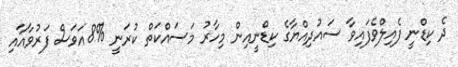
ދެ ކިޑްނީ ފެއިލްވެފައިވާ ސައުދިއްޔާގެ ކިޑްނީއިން މިހާރު މަސައްކަތް ކުރަނީ %8އަވަސް ފަރުވާއާއި